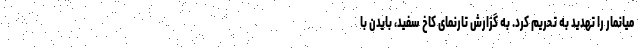
میانمار را تهدید به تحریم کرد. به گزارش تارنمای کاخ سفید، بایدن با